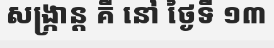
សង្ក្រាន្ត គឺ នៅ ថ្ងៃទី ១៣